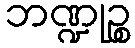
ဘဏ္ဍုဉ္စ